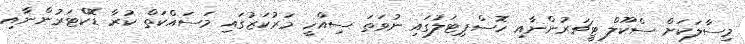
މިސާލަކަށް ސްކޫލް ޓީޗަރުންނާއި ހޮސްޕިޓަލުގައި ނުވަތަ ސިއްހީ މަރުކަޒުގައި މަސައްކަތް ކުރާ ޑޮކްޓަރުންނާއި